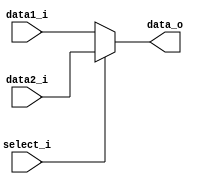
module MUX8(
   data1_i,
   data2_i,
   select_i,
   data_o
);

// Ports
input	[7:0]	data1_i;
input	[7:0]	data2_i;
input       select_i;// 1: stall, 0 :no
output [7:0]		data_o;

reg	[7:0]	tmpdata_o;
assign data_o = tmpdata_o;

always @(*) begin
	if (select_i) begin
		tmpdata_o = data2_i;
	end
	else begin
		tmpdata_o = data1_i;
	end
end

// assign data_o = select_i? data2_i:data1_i;

endmodule